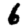
Digit: 6